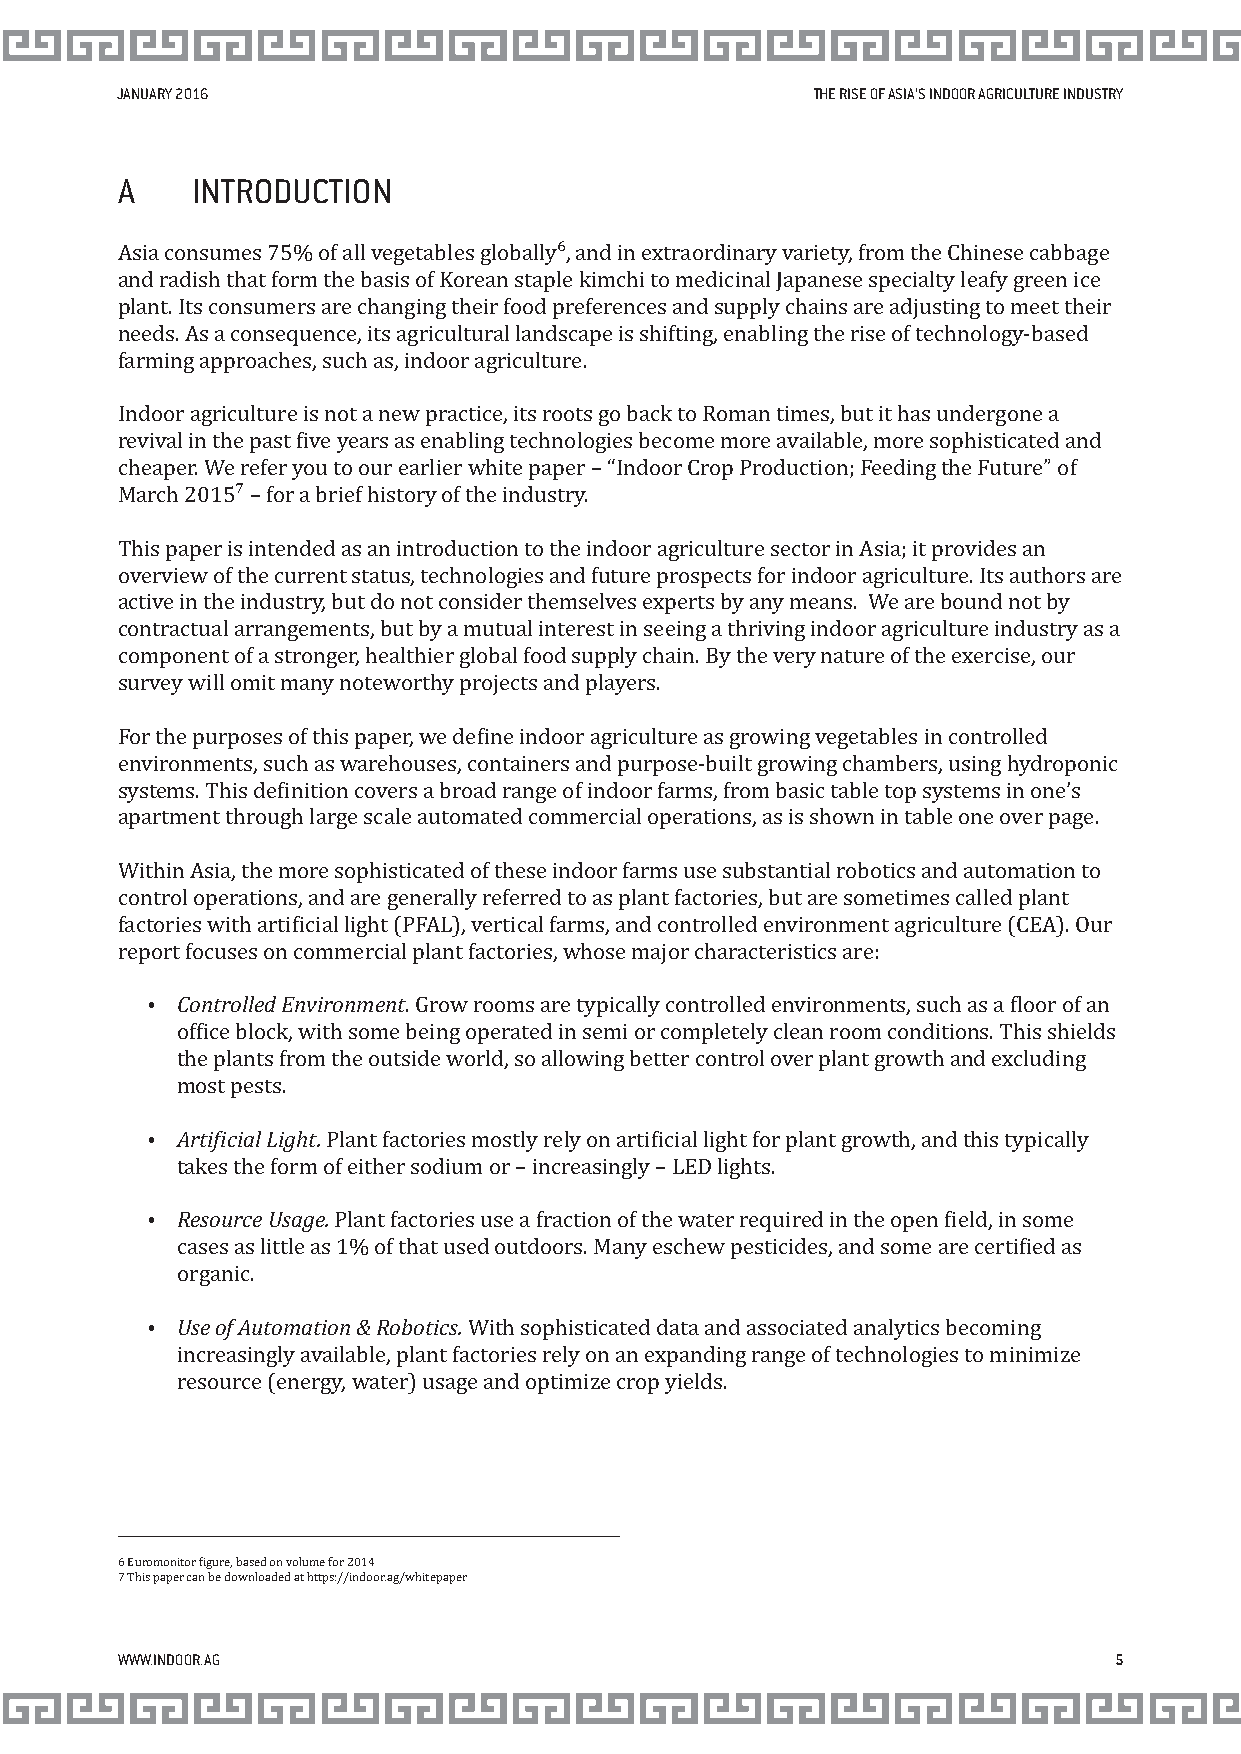
JANUARY 2016                                  THE RISE OF ASIA’S INDOOR AGRICULTURE INDUSTRY
 A    INTRODUCTION
 Asia consumes 75% of all vegetables globally⁶, and in extraordinary variety, from the Chinese cabbage
 and radish that form the basis of Korean staple kimchi to medicinal Japanese specialty leafy green ice
 plant. Its consumers are changing their food preferences and supply chains are adjusting to meet their
 needs. As a consequence, its agricultural landscape is shifting, enabling the rise of technology-based
 farming approaches, such as, indoor agriculture.
 Indoor agriculture is not a new practice, its roots go back to Roman times, but it has undergone a
 revival in the past ive years as enabling technologies become more available, more sophisticated and
 cheaper. We refer you to our earlier white paper – “Indoor Crop Production; Feeding the Future” of
 March 2015⁷ – for a brief history of the industry.
 This paper is intended as an introduction to the indoor agriculture sector in Asia; it provides an
 overview of the current status, technologies and future prospects for indoor agriculture. Its authors are
 active in the industry, but do not consider themselves experts by any means. We are bound not by
 contractual arrangements, but by a mutual interest in seeing a thriving indoor agriculture industry as a
 component of a stronger, healthier global food supply chain. By the very nature of the exercise, our
 survey will omit many noteworthy projects and players.
 For the purposes of this paper, we deine indoor agriculture as growing vegetables in controlled
 environments, such as warehouses, containers and purpose-built growing chambers, using hydroponic
 systems. This deinition covers a broad range of indoor farms, from basic table top systems in one’s
 apartment through large scale automated commercial operations, as is shown in table one over page.
 Within Asia, the more sophisticated of these indoor farms use substantial robotics and automation to
 control operations, and are generally referred to as plant factories, but are sometimes called plant
 factories with artiicial light (PFAL), vertical farms, and controlled environment agriculture (CEA). Our
 report focuses on commercial plant factories, whose major characteristics are:
 Ÿ Controlled Environment. Grow rooms are typically controlled environments, such as a loor of an
 ofice block, with some being operated in semi or completely clean room conditions. This shields
 the plants from the outside world, so allowing better control over plant growth and excluding
 most pests.
 Ÿ Artiicial Light. Plant factories mostly rely on artiicial light for plant growth, and this typically
 takes the form of either sodium or – increasingly – LED lights.
 Ÿ Resource Usage. Plant factories use a fraction of the water required in the open ield, in some
 cases as little as 1% of that used outdoors. Many eschew pesticides, and some are certiied as
 organic.
 Ÿ Use of Automation & Robotics. With sophisticated data and associated analytics becoming
 increasingly available, plant factories rely on an expanding range of technologies to minimize
 resource (energy, water) usage and optimize crop yields.
 6 Euromonitor igure, based on volume for 2014
 7 This paper can be downloaded at https://indoor.ag/whitepaper
 WWW.INDOOR.AG                                                     5